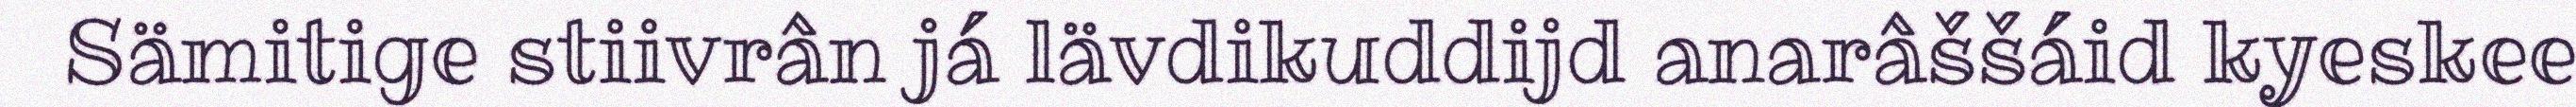
Sämitige stiivrân já lävdikuddijd anarâššáid kyeskee